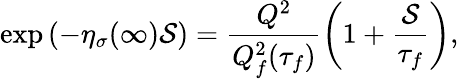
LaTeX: \exp\left(-\eta_{\sigma}(\infty)\mathcal{S}\right)=\frac{{Q^{2}}}{{Q_{f}^{2}(\tau_{f})}}\left(1+\frac{{\mathcal{S}}}{{\tau_{f}}}\right),